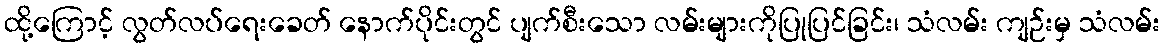
ထို့ကြောင့် လွတ်လပ်ရေးခေတ် နောက်ပိုင်းတွင် ပျက်စီးသော လမ်းများကိုပြုပြင်ခြင်း၊ သံလမ်း ကျဉ်းမှ သံလမ်း